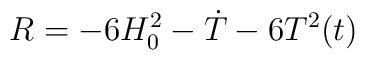
R = -6 H^{2}_{0}- \dot{T}- 6 T^{2}(t)